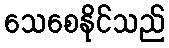
သေစေနိုင်သည်